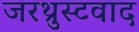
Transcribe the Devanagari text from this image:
जरथ्रुस्टवाद